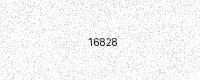
Text: 16828